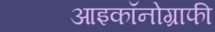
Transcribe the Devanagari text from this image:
आइकॉनोग्राफी